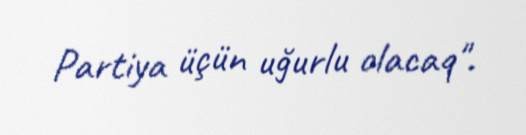
Partiya üçün uğurlu olacaq".